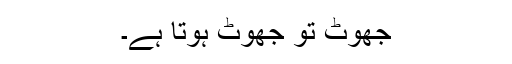
جھوٹ تو جھوٹ ہوتا ہے۔